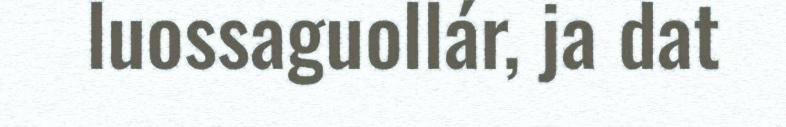
luossaguollár, ja dat